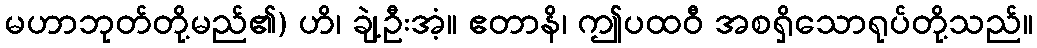
မဟာဘုတ်တို့မည်၏) ဟိ၊ ချဲ့ဦးအံ့။ ဧတာနိ၊ ဤပထဝီ အစရှိသောရုပ်တို့သည်။